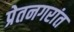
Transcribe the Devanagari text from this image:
प्रेतनगरांत